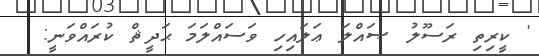
' ކީރިތި ރަސޫލު ޞައްލަ ޢަލައިހި ވަސައްލަމަ ޙަދީޘް ކުރައްވަނީ: